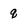
Character: q